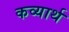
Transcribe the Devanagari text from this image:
कव्यार्थ